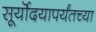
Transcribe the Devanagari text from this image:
सूर्यॊदयापर्यंतच्या